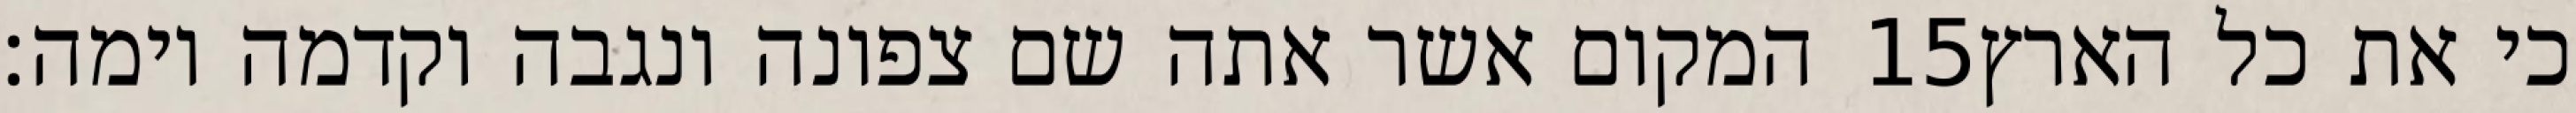
המקום אשר אתה שם צפונה ונגבה וקדמה וימה׃ ‎15‏ כי את כל הארץ